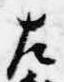
左